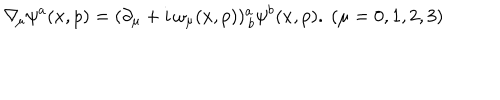
LaTeX: \nabla \! _ { \mu } \psi ^ { a } ( x , p ) = ( \partial _ { \mu } + i \, \omega _ { \mu } ( x , p ) ) _ { \, b } ^ { a } \psi ^ { b } ( x , p ) . \ ( \mu = 0 , 1 , 2 , 3 )